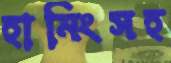
হামিংসহ